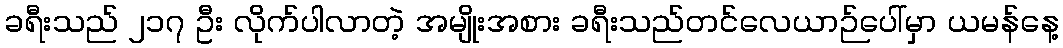
ခရီးသည် ၂၁၇ ဦး လိုက်ပါလာတဲ့ အမျိုးအစား ခရီးသည်တင်လေယာဉ်ပေါ်မှာ ယမန်နေ့